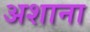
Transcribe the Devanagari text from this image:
अशाना